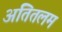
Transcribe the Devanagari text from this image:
अतितलम